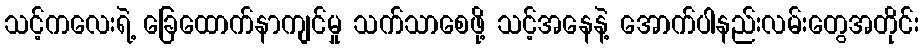
သင့်ကလေးရဲ့ ခြေထောက်နာကျင်မှု သက်သာစေဖို့ သင့်အနေနဲ့ အောက်ပါနည်းလမ်းတွေအတိုင်း